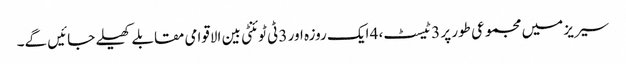
سیریز میں مجموعی طور پر 3 ٹیسٹ، 4 ایک روزہ اور 3 ٹی ٹوئنٹی بین الاقوامی مقابلے کھیلے جائیں گے۔